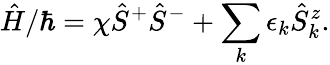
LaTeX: \hat{H}/\hbar=\chi\hat{S}^{+}\hat{S}^{-}+\sum_{k}\epsilon_{k}\hat{S}_{k}^{z}.